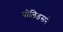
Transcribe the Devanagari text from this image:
पोलिडसने